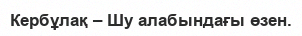
Кербұлақ – Шу алабындағы өзен.